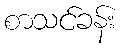
စာသင်ခန်း